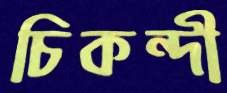
চিকন্দী